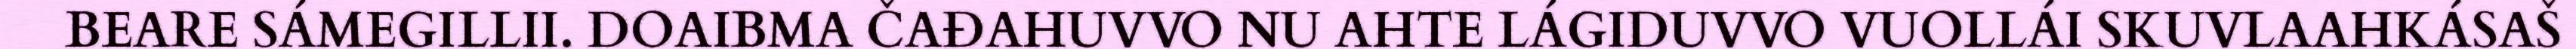
BEARE SÁMEGILLII. DOAIBMA ČAĐAHUVVO NU AHTE LÁGIDUVVO VUOLLÁI SKUVLAAHKÁSAŠ